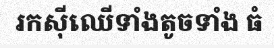
រកស៊ីឈើទាំងតូចទាំង ធំ